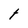
Character: t